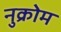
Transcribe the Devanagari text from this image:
नुक्रोम